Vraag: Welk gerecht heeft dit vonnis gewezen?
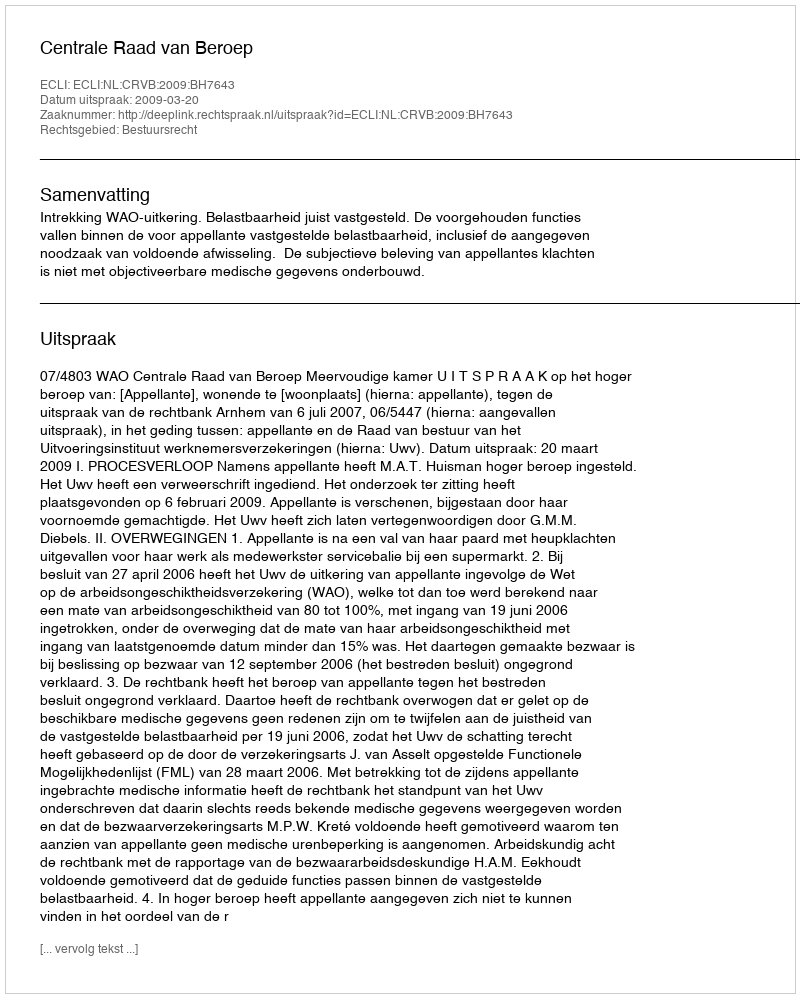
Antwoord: Centrale Raad van Beroep